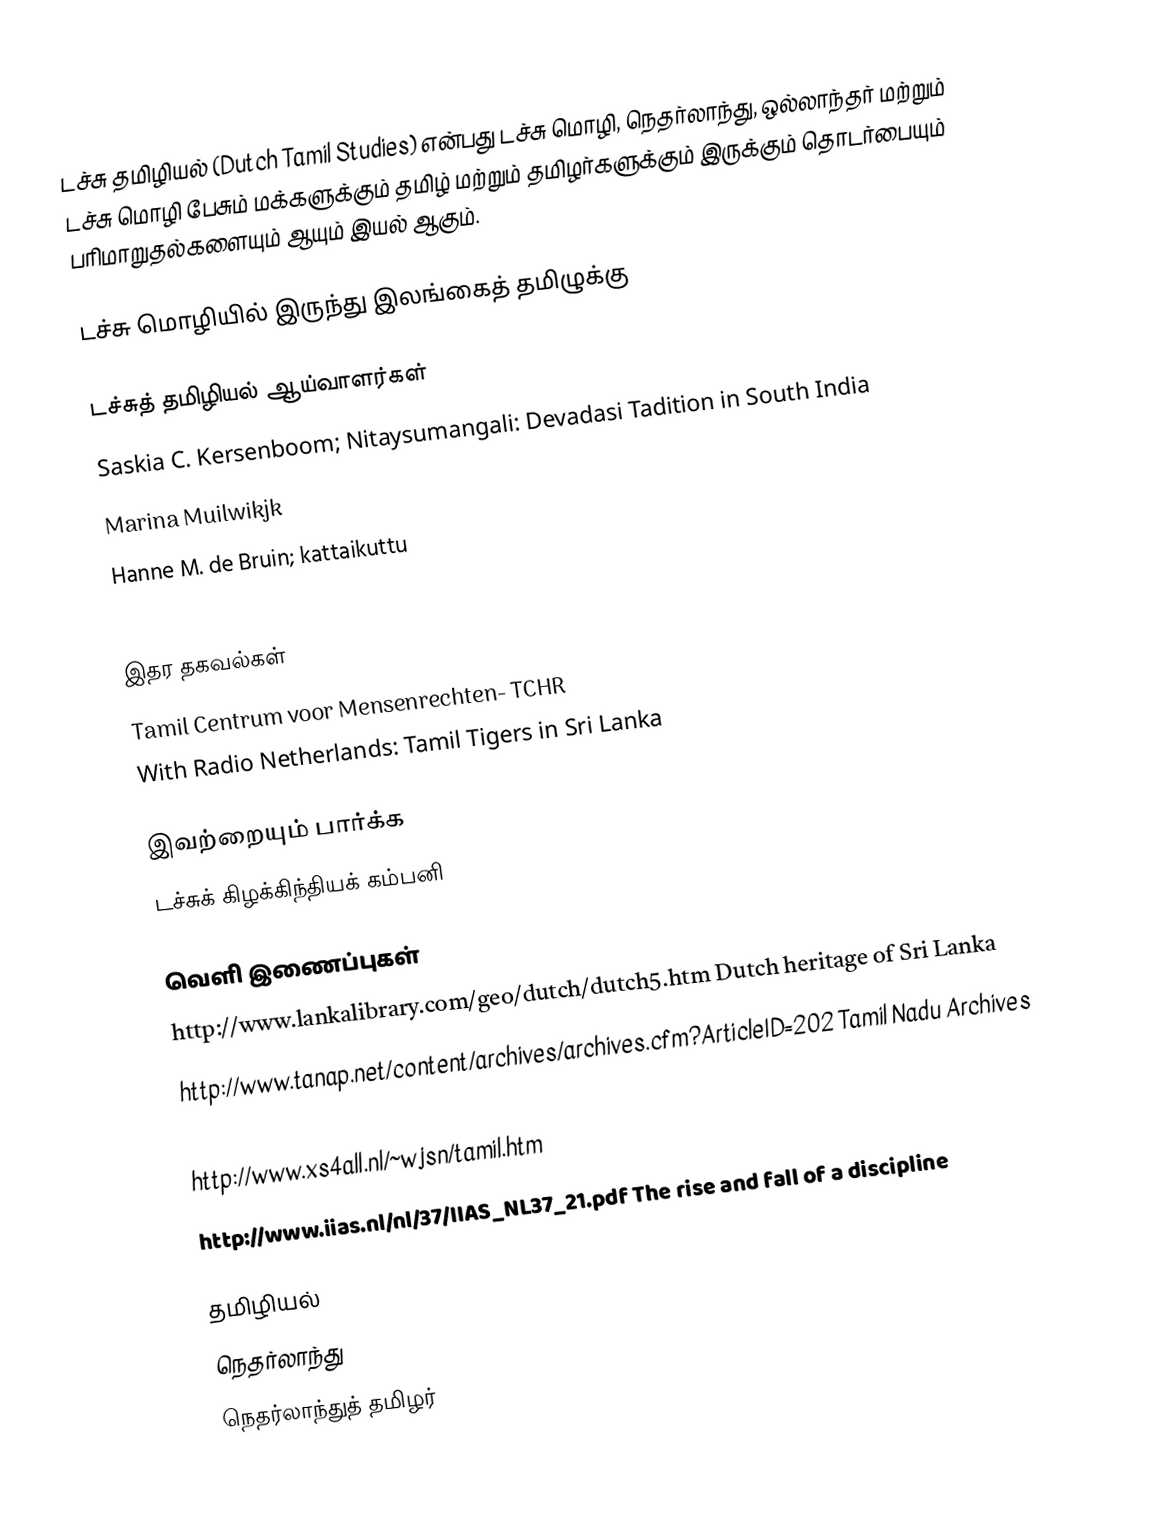
டச்சு தமிழியல் (Dutch Tamil Studies) என்பது டச்சு மொழி, நெதர்லாந்து, ஒல்லாந்தர் மற்றும் டச்சு  மொழி பேசும் மக்களுக்கும் தமிழ் மற்றும் தமிழர்களுக்கும் இருக்கும் தொடர்பையும் பரிமாறுதல்களையும் ஆயும் இயல் ஆகும்.

டச்சு மொழியில் இருந்து இலங்கைத் தமிழுக்கு

டச்சுத் தமிழியல் ஆய்வாளர்கள்
 Saskia C. Kersenboom; Nitaysumangali: Devadasi Tadition in South India
 Marina Muilwikjk
 Hanne M. de Bruin; kattaikuttu
 Herman Ticken

இதர தகவல்கள்
 Tamil Centrum voor Mensenrechten- TCHR
 With Radio Netherlands: Tamil Tigers in Sri Lanka

இவற்றையும் பார்க்க
 டச்சுக் கிழக்கிந்தியக் கம்பனி

வெளி இணைப்புகள்
 http://www.lankalibrary.com/geo/dutch/dutch5.htm Dutch heritage of Sri Lanka
 http://www.tanap.net/content/archives/archives.cfm?ArticleID=202  Tamil Nadu Archives
 https://tamilnation.org/diaspora/netherland.htm
 http://www.xs4all.nl/~wjsn/tamil.htm
 http://www.iias.nl/nl/37/IIAS_NL37_21.pdf  The rise and fall of a discipline

தமிழியல்
நெதர்லாந்து
நெதர்லாந்துத் தமிழர்